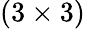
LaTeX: (3\times 3)